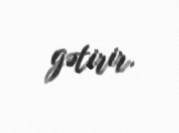
gətirir.